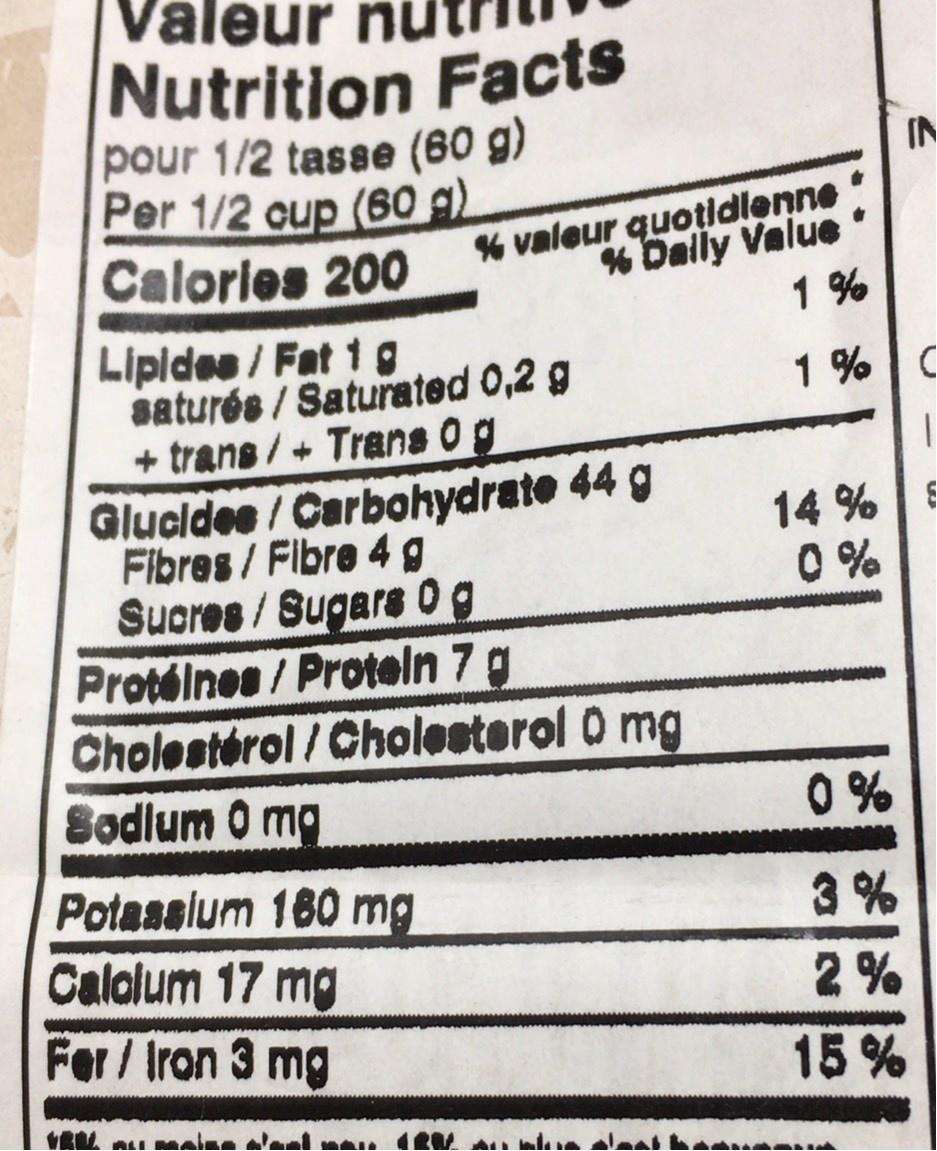
Valeur
Nutrition Facts pour 1/2 tasse (60 g) Per 1/2 cup (60 g) Calories 200
IN
% valeur quotidlenne % Dally Value
1 %
Lipidas / Fat 1 g saturés / Saturated 0,2 g + trans/+Trans 0g Glucldee/Carbohydrate 44 g Fibres/ Flbre 4 g Sucres/Sugars0g Protéines / Proteln 7 g Cholestérol /Cholesterol O mg Sodlum 0 mg
1 %
14 % 0 %
0%
Potassium 160 mg Calalum 17 mg For/Iron 3 mg
3 %
2 %
15 %